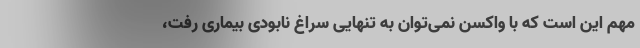
مهم این است که با واکسن نمی‌توان به تنهایی سراغ نابودی بیماری رفت،